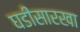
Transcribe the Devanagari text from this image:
घडीसारखा